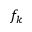
f _ { k }